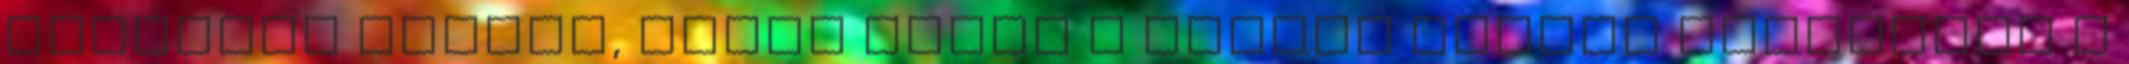
őszintén szólva, nincs benne a magyar csapat játékában a